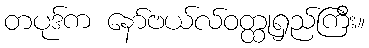
တပုဒ်က နော်ဗယ်လ်ဝတ္ထုရှည်ကြီး။